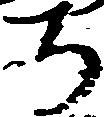
ち